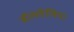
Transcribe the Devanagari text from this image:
बॉलवेलिया